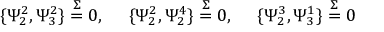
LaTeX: \{ \Psi _ { 2 } ^ { 2 } , \Psi _ { 3 } ^ { 2 } \} \stackrel { \Sigma } { = } 0 , ~ ~ ~ ~ \{ \Psi _ { 2 } ^ { 2 } , \Psi _ { 2 } ^ { 4 } \} \stackrel { \Sigma } { = } 0 , ~ ~ ~ ~ \{ \Psi _ { 2 } ^ { 3 } , \Psi _ { 3 } ^ { 1 } \} \stackrel { \Sigma } { = } 0